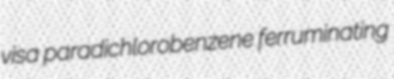
visa paradichlorobenzene ferruminating